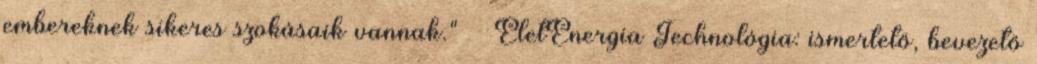
embereknek sikeres szokásaik vannak." »» ÉletEnergia Technológia: ismertető, bevezető